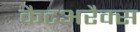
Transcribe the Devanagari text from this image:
कैटअरैक्स